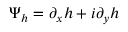
\Psi _ { h } = \partial _ { x } h + i \partial _ { y } h